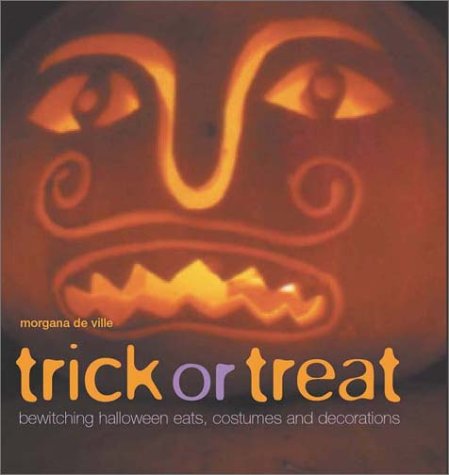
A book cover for Trick or Treat; De Margana Ville; Cookbooks, Food & Wine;